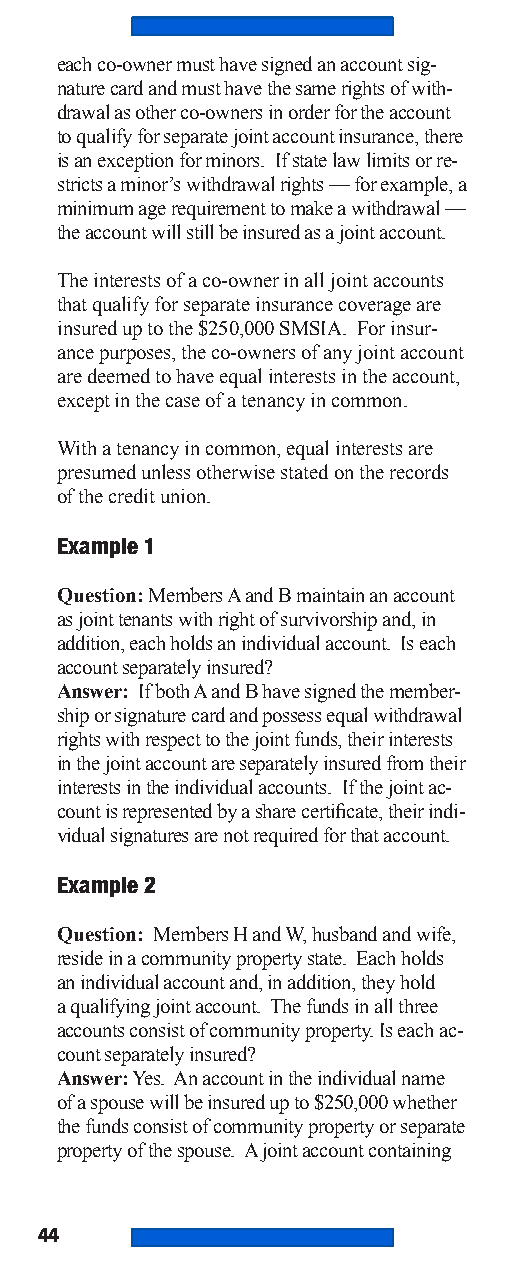
each co-owner must have signed an account sig-
 nature card and must have the same rights of with-
 drawal as other co-owners in order for the account
 to qualify for separate joint account insurance, there
 is an exception for minors. If state law limits or re-
 stricts a minor’s withdrawal rights — for example, a
 minimum age requirement to make a withdrawal —
 the account will still be insured as a joint account.
 The interests of a co-owner in all joint accounts
 that qualify for separate insurance coverage are
 insured up to the $250,000 SMSIA. For insur-
 ance purposes, the co-owners of any joint account
 are deemed to have equal interests in the account,
 except in the case of a tenancy in common.
 With a tenancy in common, equal interests are
 presumed unless otherwise stated on the records
 of the credit union.
 Example 1
 Question: Members A and B maintain an account
 as joint tenants with right of survivorship and, in
 addition, each holds an individual account. Is each
 account separately insured?
 Answer: If both A and B have signed the member-
 ship or signature card and possess equal withdrawal
 rights with respect to the joint funds, their interests
 in the joint account are separately insured from their
 interests in the individual accounts. If the joint ac-
 count is represented by a share certificate, their indi-
 vidual signatures are not required for that account.
 Example 2
 Question: Members H and W, husband and wife,
 reside in a community property state. Each holds
 an individual account and, in addition, they hold
 a qualifying joint account. The funds in all three
 accounts consist of community property. Is each ac-
 count separately insured?
 Answer: Yes. An account in the individual name
 of a spouse will be insured up to $250,000 whether
 the funds consist of community property or separate
 property of the spouse. A joint account containing
 44